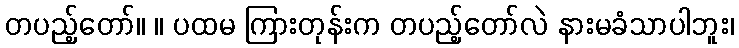
တပည့်တော်။ ။ ပထမ ကြားတုန်းက တပည့်တော်လဲ နားမခံသာပါဘူး၊